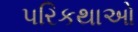
પરિકથાઓ